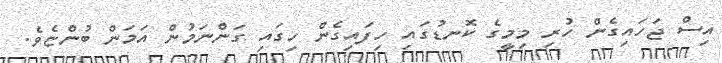
އިސް ޖަހައިގެން ހުރި މިމީގެ ކޮނޑުގައި ހިފައިގެން ހިގައި ގަންނަމުން އަމަން ބުންޏެވެ.